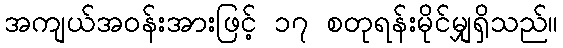
အကျယ်အဝန်းအားဖြင့် ၁၇ စတုရန်းမိုင်မျှရှိသည်။